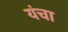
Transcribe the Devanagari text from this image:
यंचा